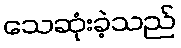
သေဆုံးခဲ့သည်